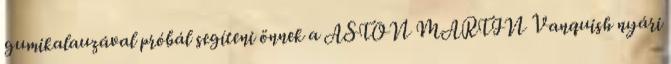
gumikalauzával próbál segíteni önnek a ASTON MARTIN Vanquish nyári